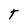
Character: T